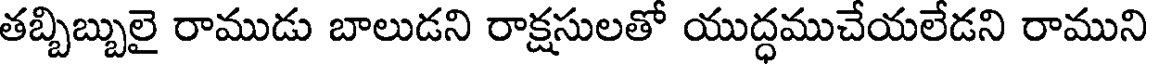
తబ్బిబ్బులై రాముడు బాలుడని రాక్షసులతో యుద్ధముచేయలేడని రాముని